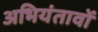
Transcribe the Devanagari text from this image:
अभियंतावों